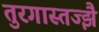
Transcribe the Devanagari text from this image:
तुरगास्तज्झै